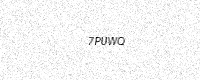
Text: 7PUWQ